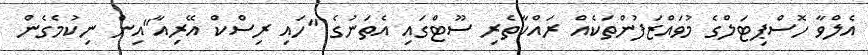
އެލްވާ ހޮސްޕިޓަލްގެ މުވައްޒަފުންތަކެއް ރައްކާތެރި ސޫޓްގައި އެތަނުގެ "ހައި ރިސްކް އޭރިއާ"އިން ނިކުމެގެން